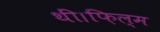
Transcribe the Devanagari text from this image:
थीं।फ़िल्म